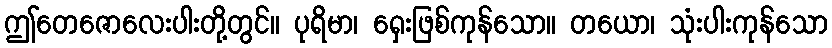
ဤတေဇောလေးပါးတို့တွင်။ ပုရိမာ၊ ရှေးဖြစ်ကုန်သော။ တယော၊ သုံးပါးကုန်သော